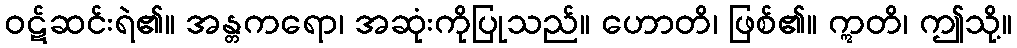
ဝဋ်ဆင်းရဲ၏။ အန္တကရော၊ အဆုံးကိုပြုသည်။ ဟောတိ၊ ဖြစ်၏။ ဣတိ၊ ဤသို့။